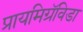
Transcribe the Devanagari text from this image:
प्रायमिग्रॅविडा